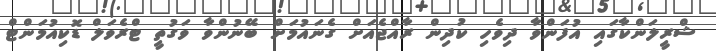
ޝްރީލަންކާގައި އުފަންވާ ދިވެހި ކުދިން ރާއްޖެއަށް ގެނައުމަށް ބޭނުންވާ ވަގުތީ ޓްރެވަލް ޑޮކިއުމަންޓް